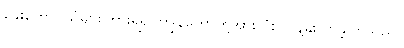
ခွေးဟောင်သံများကြားရ၍ ကျွန်တော်တို့အားလုံး လန့်နိုးလာခဲ့ကြသည်။